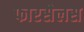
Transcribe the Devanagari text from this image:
फारसेलस